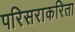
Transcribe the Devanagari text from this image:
परिसराकरिता